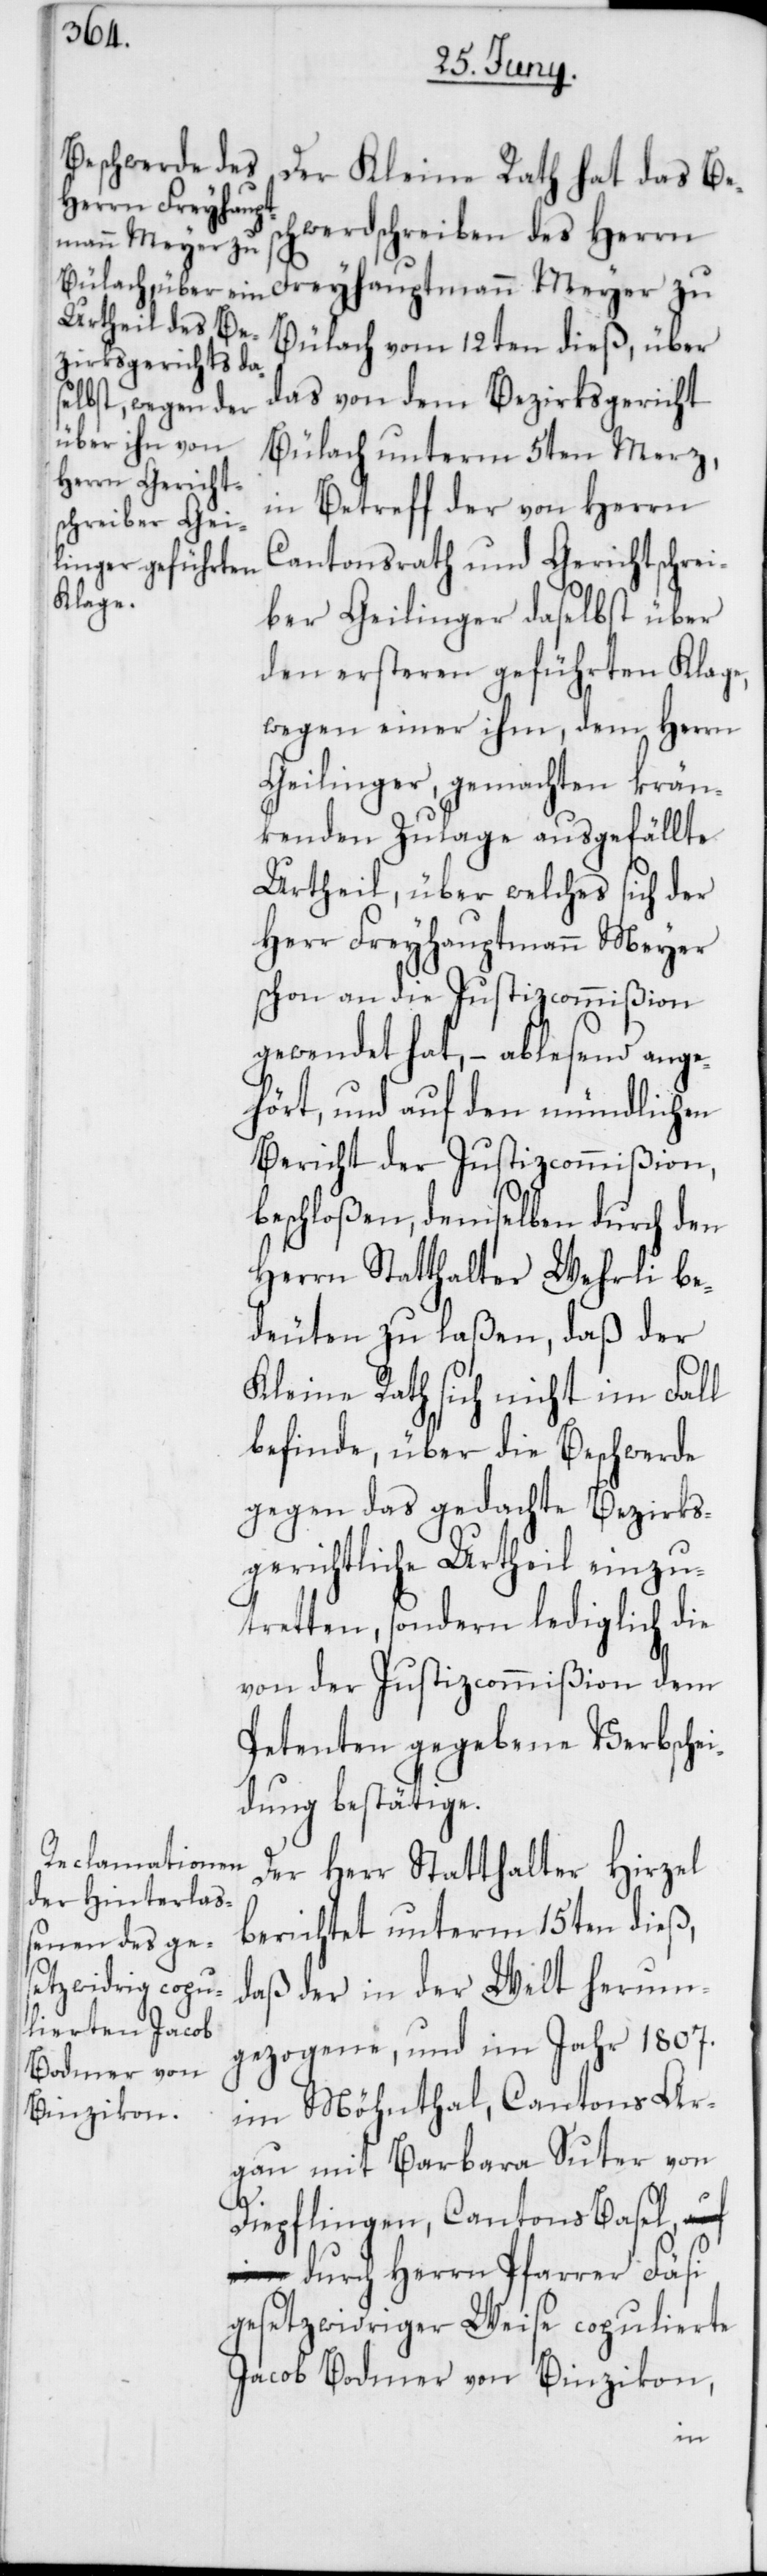
Der Kleine Rath hat das Bes¬
chwerdschreiben des Herrn
Freyhauptmann Meyer zu
Bülach vom 12ten dieß, über
das von dem Bezirksgericht
Bülach unterm 5ten Merz,
in Betreff der von Herrn
Cantonsrath und Gerichtschrei¬
ber Geilinger daselbst über
den ersteren geführten Klage,
wegen einer ihm, dem Herrn
Geilinger, gemachten krän¬
kenden Zulage ausgefällte
Urtheil, über welches sich der
Herr Freyhauptmann Meyer
schon an die Justizcommißion
gewendet hat, – ablesend ange¬
hört, und auf den mündlichen
Bericht der Justizcommißion,
beschloßen, demselben durch den
Herrn Statthalter Wehrli be¬
deuten zu laßen, daß der
Kleine Rath sich nicht im Fall
befinde, über die Beschwerde
gegen das gedachte Bezirks¬
gerichtliche Urtheil einzu¬
tretten, sondern lediglich die
von der Justizcommißion dem
Petenten gegebene Verbschei¬
dung bestätige.
Der Herr Statthalter Hirzel
berichtet unterm 15ten dieß,
daß der in der Welt herum¬
gezogene, und im Jahr 1807.
im Möhnthal, Cantons Ar¬
gau mit Barbara Suter von
Diepflingen, Cantons Basel,
durch Herrn Pfarrer Fäsi
gesetzwidriger Weise copulierte
Jacob Bodmer von Binzikon,